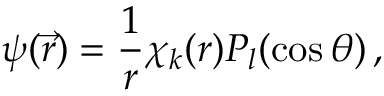
\psi ( \vec { r } ) = { \frac { 1 } { r } } \chi _ { k } ( r ) P _ { l } ( \cos \theta ) \, ,